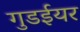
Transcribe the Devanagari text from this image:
गुडईयर